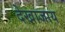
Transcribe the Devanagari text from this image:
देखाजाय